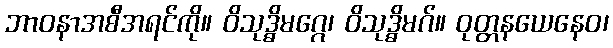
ဘာဝနာအစီအရင်ကို။ ဝိသုဒ္ဓိမဂ္ဂေ၊ ဝိသုဒ္ဓိမဂ်။ ဝုတ္တနယေနေဝ၊